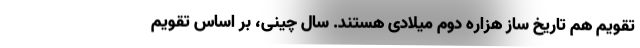
تقویم هم تاریخ ساز هزاره دوم میلادی هستند. سال چینی، بر اساس تقویم